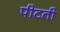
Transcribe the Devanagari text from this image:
पीटती